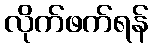
လိုက်ဖက်ရန်